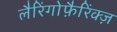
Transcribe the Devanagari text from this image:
लैरिंगोफ़ैरिंक्ज़